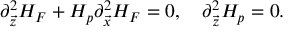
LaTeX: \partial _ { \vec { z } } ^ { 2 } H _ { F } + H _ { p } \partial _ { \vec { x } } ^ { 2 } H _ { F } = 0 , \ \ \ \partial _ { \vec { z } } ^ { 2 } H _ { p } = 0 .